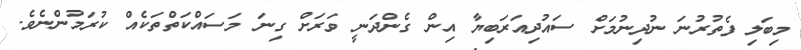
މިބަލި ފެތުރުނަ ނުދިނުމަށް ސައުދިއަރަބިޔާ އިން ގެންދަނީ ވަރަށް ގިނަ މަސައްކަތްތަކެއް ކުރަމުންނެވެ.